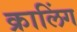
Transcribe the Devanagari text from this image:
क्रालिंग